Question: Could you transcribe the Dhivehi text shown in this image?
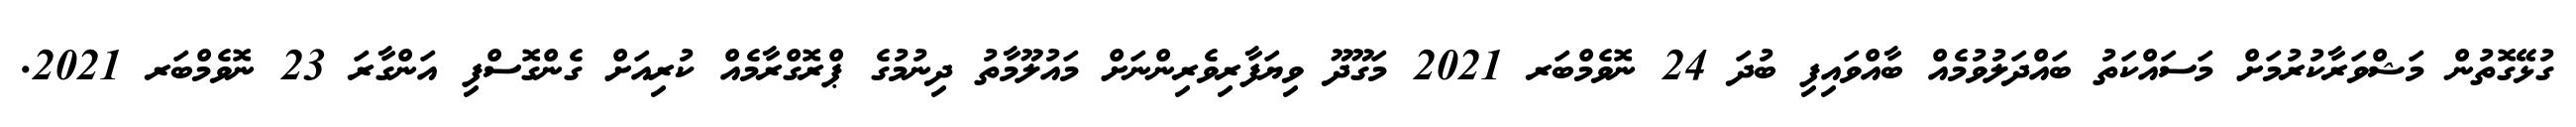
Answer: ގުޅޭގޮތުން މަޝްވަރާކުރުމަށް މަސައްކަތު ބައްދަލުވުމެއް ބާއްވައިފި ބުދަ 24 ނޮވެމްބަރ 2021 މަގޫދޫ ވިޔަފާރިވެރިންނަށް މައުލޫމާތު ދިނުމުގެ ޕްރޮގްރާމެއް ކުރިއަށް ގެންގޮސްފި އަންގާރަ 23 ނޮވެމްބަރ 2021.